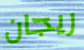
ريجان